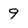
Character: 9